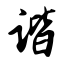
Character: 谐